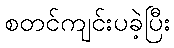
စတင်ကျင်းပခဲ့ပြီး